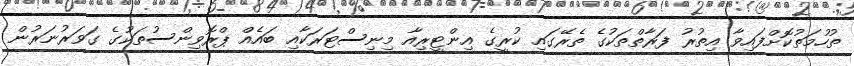
ތުހުމަތުކޮށްފައިވާ އިތުރު ފަރާތްތަކުގެ ތެރޭގައި ކުރީގެ އިންޓީރިއާ މިނިސްޓަރަކާއި ބައެއް ޕްރޮވިންސުތަކުގެ ގަވަރުނަރުން